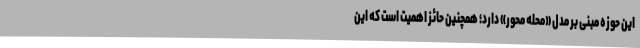
این حوزه مبنی بر مدل «محله محور» دارد؛ همچنین حائز اهمیت است که این